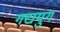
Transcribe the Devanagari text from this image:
गद्ययुग